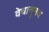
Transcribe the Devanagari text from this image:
वेधातुनच